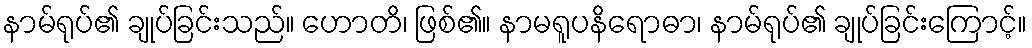
နာမ်ရုပ်၏ ချုပ်ခြင်းသည်။ ဟောတိ၊ ဖြစ်၏။ နာမရူပနိရောဓာ၊ နာမ်ရုပ်၏ ချုပ်ခြင်းကြောင့်။